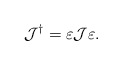
\begin{align*}\mathcal{J}^{\dagger }=\varepsilon \mathcal{J}\varepsilon .\end{align*}